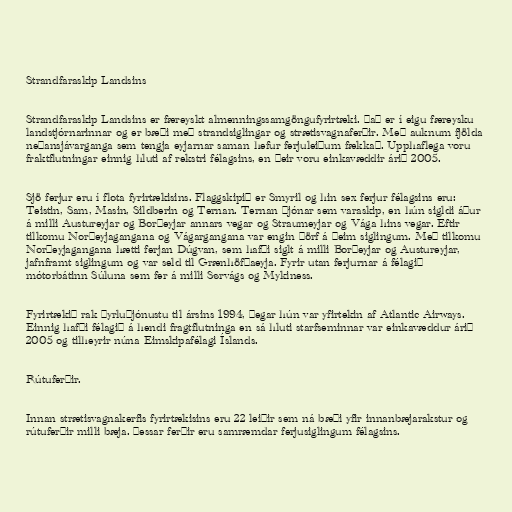
Strandfaraskip Landsins

Strandfaraskip Landsins er færeyskt almenningssamgöngufyrirtæki. Það er í eigu færeysku
landstjórnarinnar og er bæði með strandsiglingar og strætisvagnaferðir. Með auknum fjölda
neðansjávarganga sem tengja eyjarnar saman hefur ferjuleiðum fækkað. Upphaflega voru
fraktflutningar einnig hluti af rekstri félagsins, en þeir voru einkavæddir árið 2005.

Sjö ferjur eru í flota fyrirtækisins. Flaggskipið er Smyril og hin sex ferjur félagsins eru:
Teistin, Sam, Masin, Sildberin og Ternan. Ternan þjónar sem varaskip, en hún sigldi áður
á milli Austureyjar og Borðeyjar annars vegar og Straumeyjar og Vága hins vegar. Eftir
tilkomu Norðeyjagangana og Vágargangana var engin þörf á þeim siglingum. Með tilkomu
Norðeyjagangana hætti ferjan Dúgvan, sem hafði siglt á milli Borðeyjar og Austureyjar,
jafnframt siglingum og var seld til Grænhöfðaeyja. Fyrir utan ferjurnar á félagið
mótorbátinn Súluna sem fer á milli Sørvágs og Mykiness.

Fyrirtækið rak þyrluþjónustu til ársins 1994, þegar hún var yfirtekin af Atlantic Airways.
Einnig hafði félagið á hendi fragtflutninga en sá hluti starfseminnar var einkavæddur árið
2005 og tilheyrir núna Eimskipafélagi Íslands.

Rútuferðir.

Innan strætisvagnakerfis fyrirtækisins eru 22 leiðir sem ná bæði yfir innanbæjarakstur og
rútuferðir milli bæja. Þessar ferðir eru samræmdar ferjusiglingum félagsins.